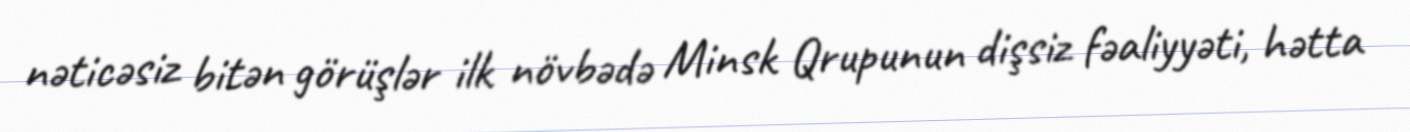
nəticəsiz bitən görüşlər ilk növbədə Minsk Qrupunun dişsiz fəaliyyəti, hətta